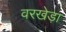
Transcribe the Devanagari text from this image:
वरखेड़ा